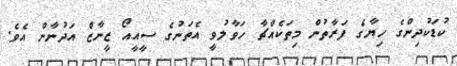
ކުޑަކުދިންގެ ހިޔާގެ ފަރާތުން މިތަކެއްޗާ ހަވާލުވީ އެތަނުގެ ސީއީއޯ ޒީނާޒް އަދުނާން އެވެ.